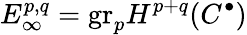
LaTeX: E_{\infty}^{p,q}={\mathrm{gr}}_{p}H^{p+q}(C^{\bullet})